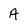
Character: A